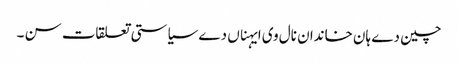
چین دے ہان خاندان نال وی ایہناں دے سیاستی تعلقات سن ۔